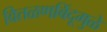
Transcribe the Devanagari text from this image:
वितळणबिंदूमुळे